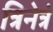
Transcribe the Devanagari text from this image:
त्रिनेत्रं